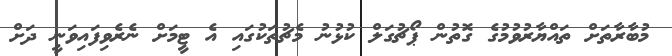
މުބާރާތަށް ތައްޔާރުވުމުގެ ގޮތުން ޕޯޗުގަލް ކުޅުނު މެޗުތަކުގައި އެ ޓީމަށް ނެރެވިފައިވަނީ ދަށް